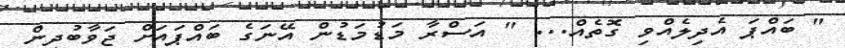
" ބައްޕަ އެދިލެއްވި ގޮތެއް... " އަސްރާ މަޑުމަޑުން އޭނަގެ ބައްޕައަށް ޖަވާބުދިން